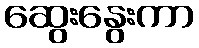
ဆွေးနွေးကာ